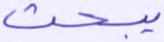
يبحث